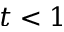
t < 1